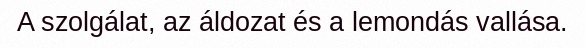
A szolgálat, az áldozat és a lemondás vallása.